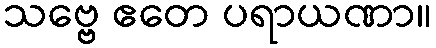
သဗ္ဗေ ဧတေ ပရာယဏာ။